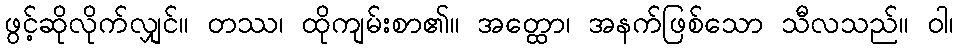
ဖွင့်ဆိုလိုက်လျှင်။ တဿ၊ ထိုကျမ်းစာ၏။ အတ္ထော၊ အနက်ဖြစ်သော သီလသည်။ ဝါ၊